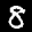
Label: 8